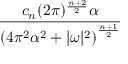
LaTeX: \frac { c _ { n } ( 2 \pi ) ^ { \frac { n + 2 } { 2 } } \alpha } { \left( 4 \pi ^ { 2 } \alpha ^ { 2 } + | { \boldsymbol { \omega } } | ^ { 2 } \right) ^ { \frac { n + 1 } { 2 } } }